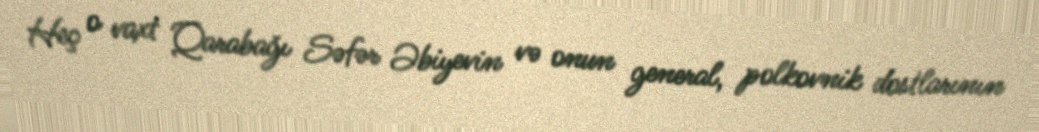
Heç o vaxt Qarabağı Səfər Əbiyevin və onun general, polkovnik dostlarının